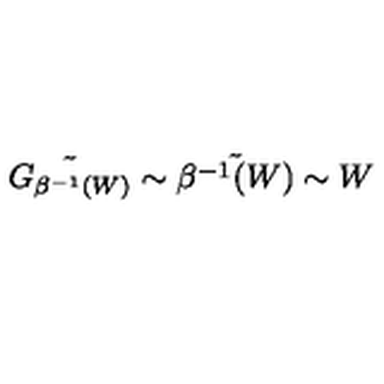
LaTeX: \tilde { G _ { \beta ^ { - 1 } ( W ) } } \sim \tilde { \beta ^ { - 1 } ( W ) } \sim W